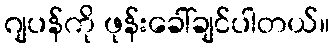
ဂျပန်ကို ဖုန်းခေါ်ချင်ပါတယ်။